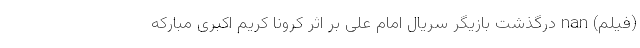
(فیلم) nan درگذشت بازیگر سریال امام علی بر اثر کرونا کریم اکبری مبارکه